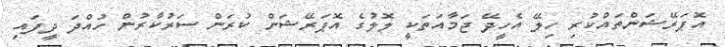
އޮޕަރޭޝަންތައްކުރި ހިލޭ އެހީދޭ ޖަމާއަތަކީ ލޮލުގެ އޮޕަރޭޝަން ކުރަން ސަރުކާރުން ހުއްދަ ދީފައި